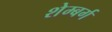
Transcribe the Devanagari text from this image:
शेम्बर्ग